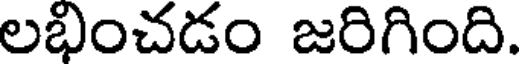
లభించడం జరిగింది.